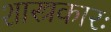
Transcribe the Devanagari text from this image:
शास्त्रकारः